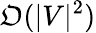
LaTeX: \mathfrak{O}(|V|^{2})